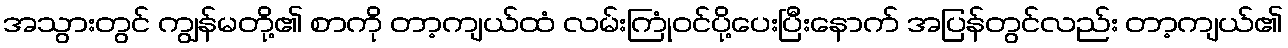
အသွားတွင် ကျွန်မတို့၏ စာကို တာ့ကျယ်ထံ လမ်းကြုံဝင်ပို့ပေးပြီးနောက် အပြန်တွင်လည်း တာ့ကျယ်၏